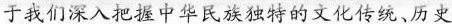
于我们深入把握中华民族独特的文化传统、历史